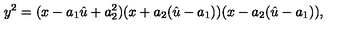
y ^ { 2 } = ( x - a _ { 1 } \hat { u } + a _ { 2 } ^ { 2 } ) ( x + a _ { 2 } ( \hat { u } - a _ { 1 } ) ) ( x - a _ { 2 } ( \hat { u } - a _ { 1 } ) ) ,